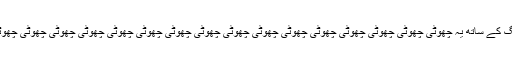
خاص طور پر مستقل موم بتی ڈائیونگ کے ساتھ یہ چھوٹی چھوٹی چھوٹی چھوٹی چھوٹی چھوٹی چھوٹی چھوٹی چھوٹی چھوٹی چھوٹی چھوٹی چھوٹی چھوٹی چھوٹی چھوٹی چھوٹی چھوٹی جگہوں پر آتی ہے۔